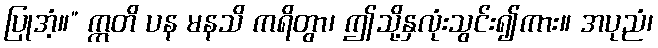
ပြုအံ့။” ဣတိ ပန မနသိ ကရိတွာ၊ ဤသို့နှလုံးသွင်း၍ကား။ အပုညံ၊